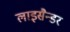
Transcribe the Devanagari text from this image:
लाइसैन्डर